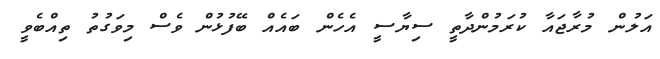
އަލުން މުރާޖައާ ކުރަމުންދާތީ ސިޔާސީ އެހެން ބައެއް ބޭފުޅުން ވެސް މިވަގުތު ތިއްބެވީ